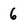
Character: 6